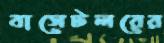
বাসেটলরের